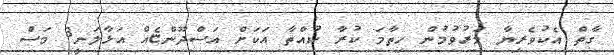
ގާތް އެކުވެރިޔާ މަރުވުމުން ހިތާމަ ކުރާ ކުއްތާާ އަކަށް އަސްދޫންޏެއް އަޅާލަނީ3 މަސް